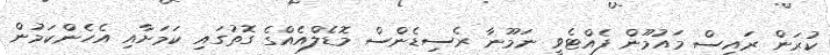
ކުރަން ރައީސް މައުމޫން ފެއްޓެވީ ނަމޫނާ ރެސިޑެންސް މޮޑެލްއެއްގެ ގޮތުގައި ކަމަށާއި އެހެންކަމުން